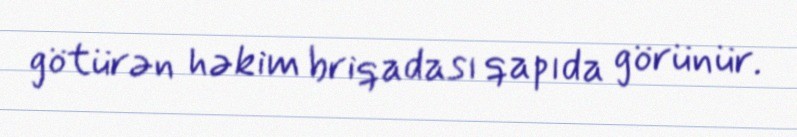
götürən həkim briqadası qapıda görünür.